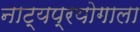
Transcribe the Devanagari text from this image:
नाट्यप्रयोगाला